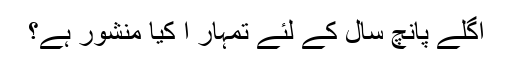
اگلے پانچ سال کے لئے تمہار ا کیا منشور ہے؟